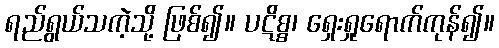
ရည်ရွယ်သကဲ့သို့ ဖြစ်၍။ ပဋိစ္စ၊ ရှေးရှုရောက်ကုန်၍။